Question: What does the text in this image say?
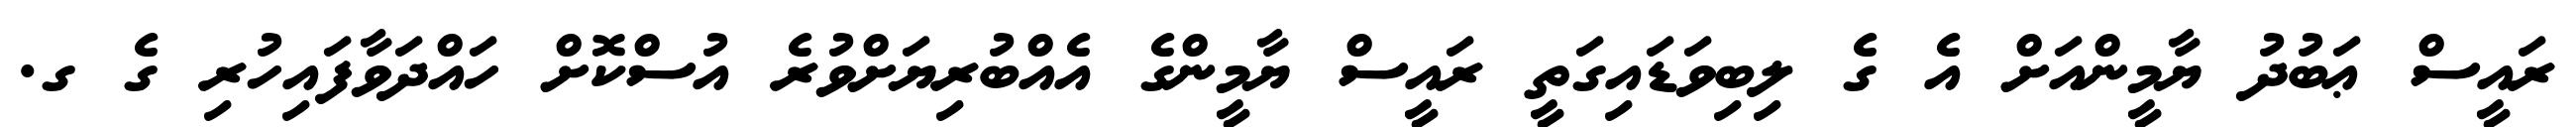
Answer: ރައީސް ޢަބުދު ޔާމީންއަށް އެ ގެ ލިބިވަޑައިގަތީ ރައީސް ޔާމީންގެ އެއްބުރިޔަށްވުރެ އުސްކޮށް ހައްދަވާފައިހުރި ގެ ގ.